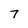
Character: 7